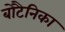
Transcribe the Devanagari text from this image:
बोटैनिका